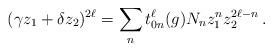
LaTeX: \begin{align*} (\gamma z_1 + \delta z_2)^{2\ell} = \sum_n t^\ell_{0n}(g)N_n z^n_1 z_2^{2\ell-n}\,.\end{align*}